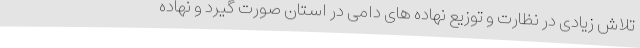
تلاش زیادی در نظارت و توزیع نهاده های دامی در استان صورت گیرد و نهاده